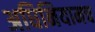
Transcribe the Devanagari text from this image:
अधिनियामच